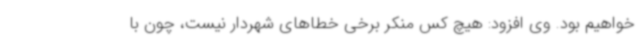
خواهیم بود. وی افزود: هیچ کس منکر برخی خطاهای شهردار نیست، چون با